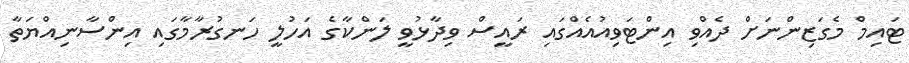
ޓައިމް މެގަޒިންނަށް ދެއްވި އިންޓަވިއުއެއްގައި ރައީސް ވިދާޅުވީ ލަންކާގެ އަހުލީ ހަނގުރާމާގައި އިންސާނިއްޔަތާ